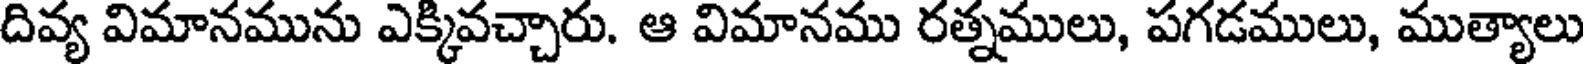
దివ్య విమానమును ఎక్కివచ్చారు. ఆ విమానము రత్నములు, పగడములు, ముత్యాలు